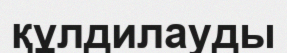
құлдилауды